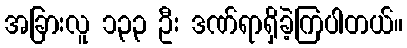
အခြားလူ ၁၃၃ ဦး ဒဏ်ရာရှိခဲ့ကြပါတယ်။